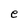
Character: e